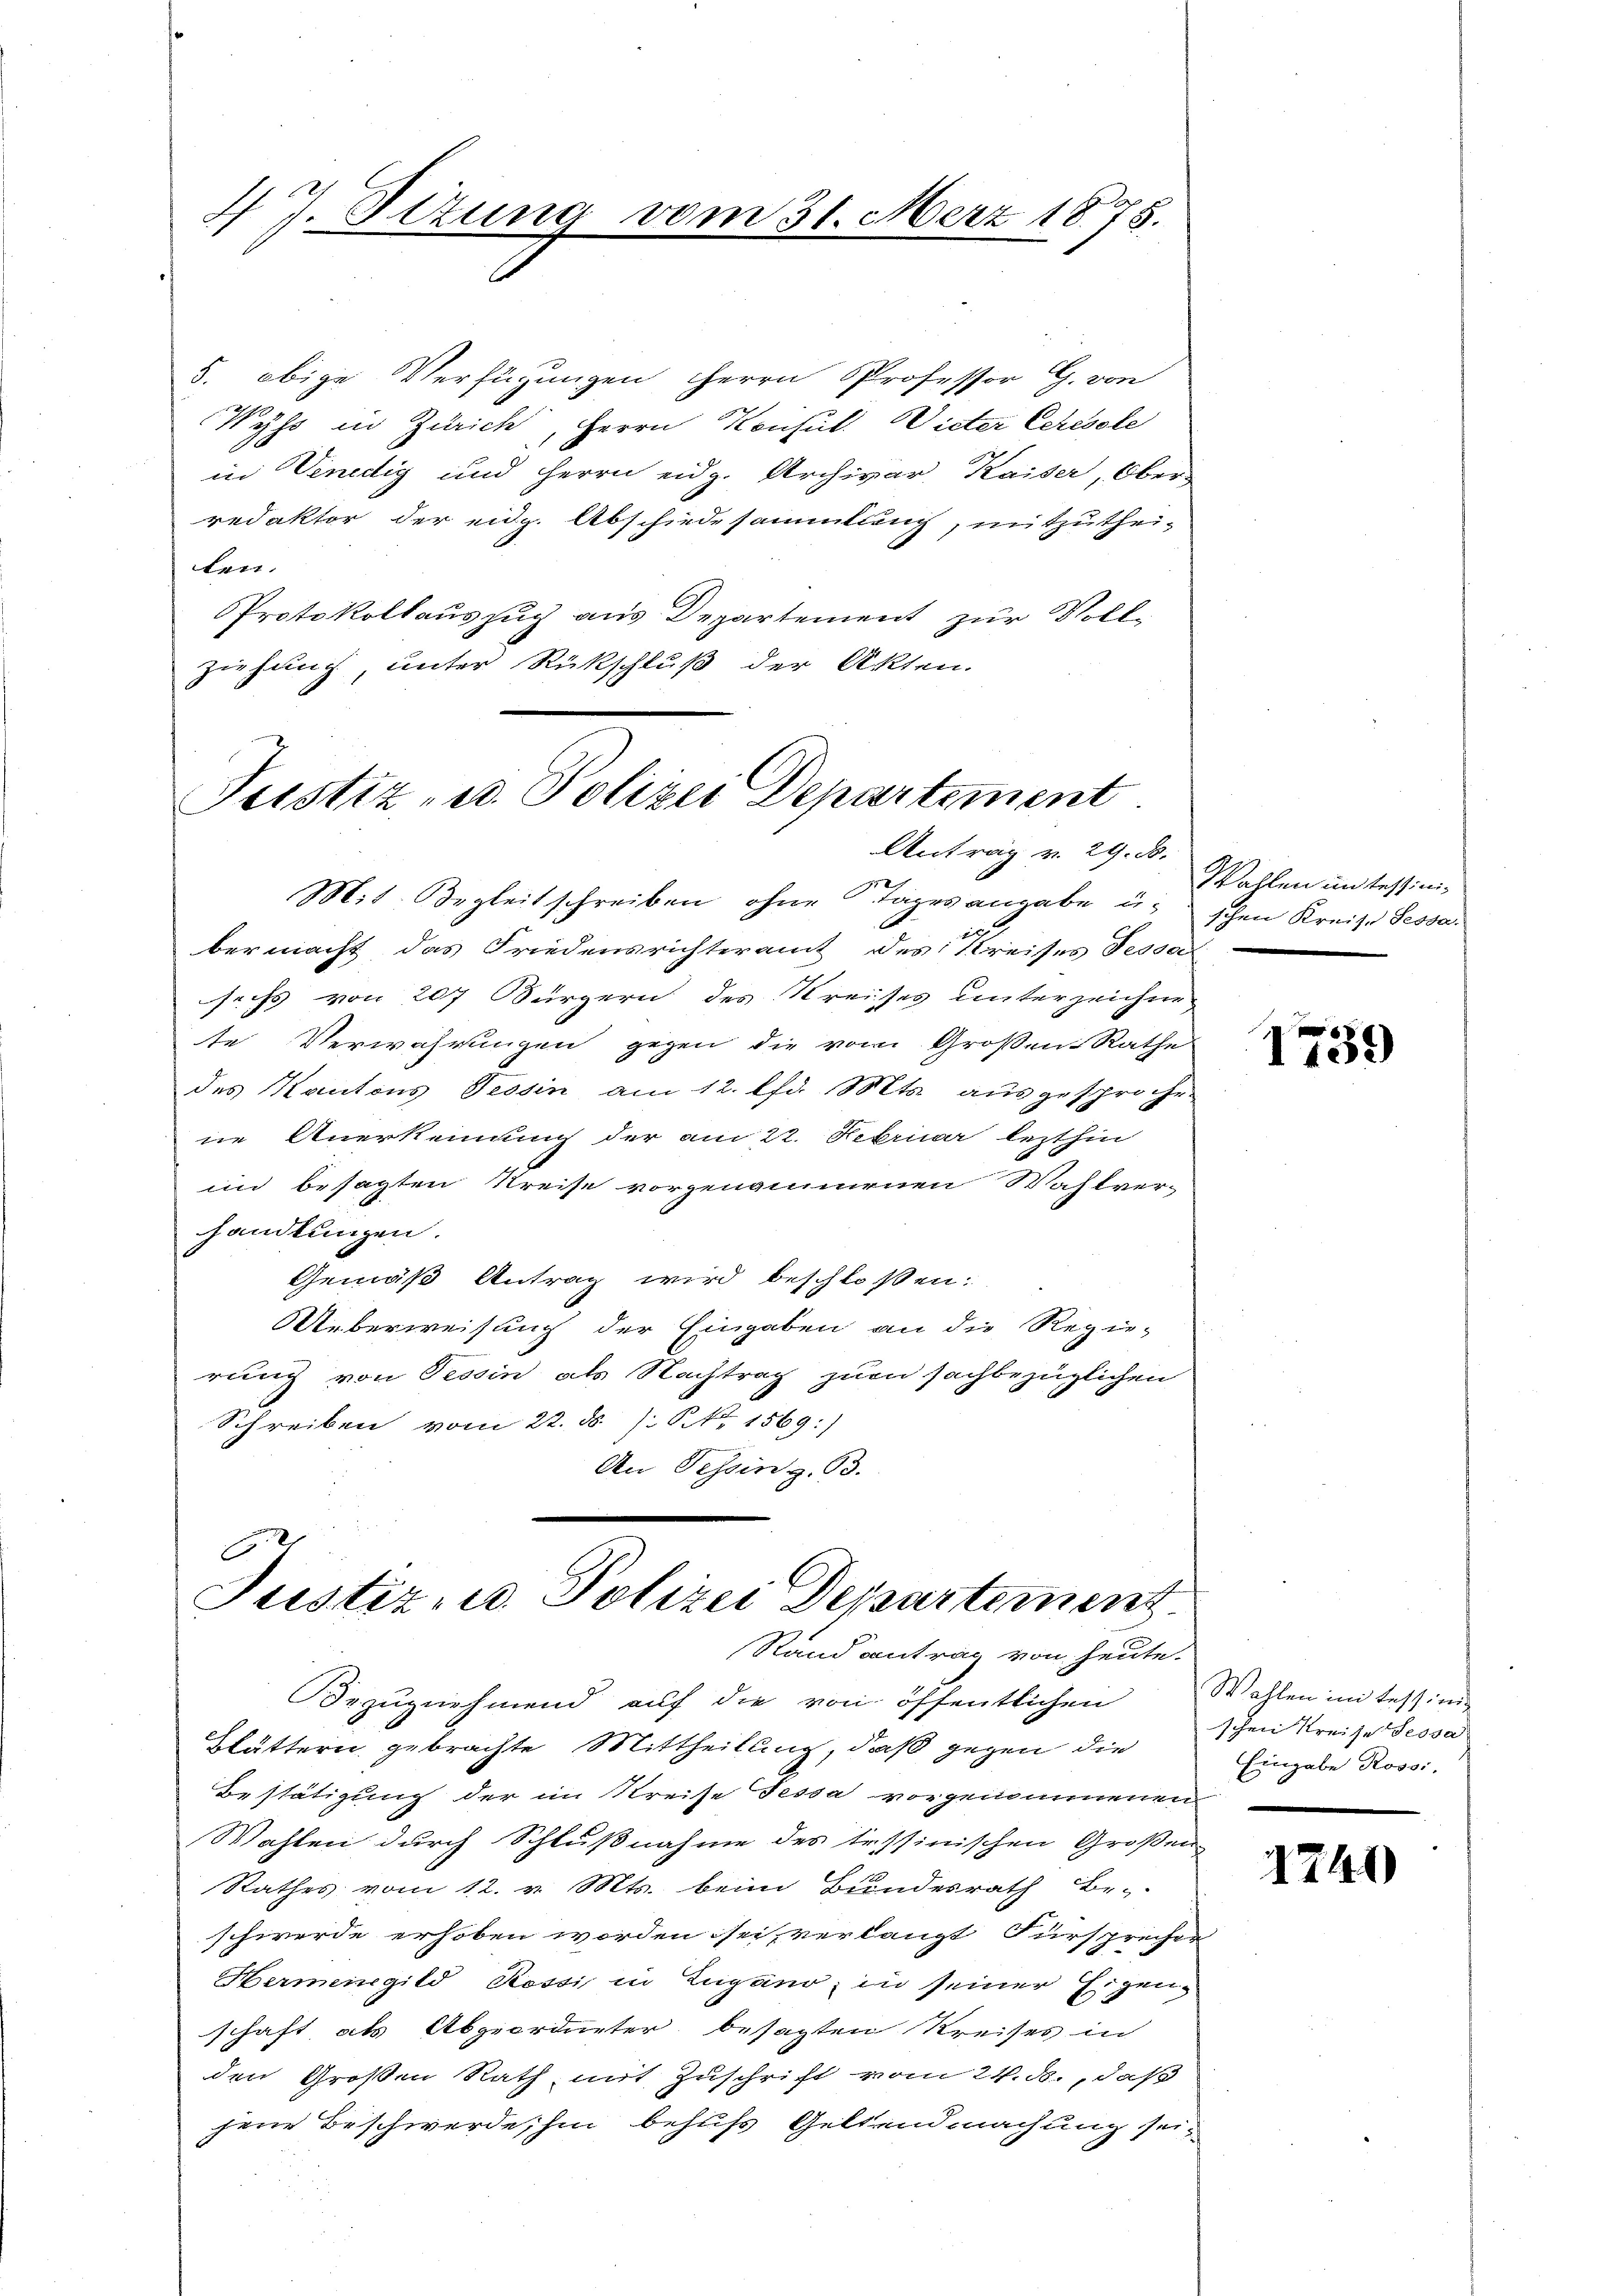
4 J. Situng

5. obige Verfügungen Herrn Professor G. von
Wyss in Zürich, Herrn Konsul Wieter Ceressle
in Venedig und Herrn eidg. Archivar, Kaiser, Ober-
redaktor der eidg. Abschiedesammlung, mitzutheilen.
PProtokollauszug aus Departement zur Voll-
ziehung, unter Rückschluß der Akten.

801

Antrag v. 29. d.
Mit Begleitschreiben ohne Tagesangabe u. schen Kreise Sessa
bermacht das Friedensrichteramt des Kreises Tessa
sechs von 207 Bürgern des Kreises unterzeichnete Verwahrungen gegen die vom Großen Rathe
des Kantons Tessin am 12. lfd. Mts. aŭsgesproche-
ne Anerkennung der am 22. Februar lezthin
im besagten Kreise vorgenommenen Wahlver-
handlungen.
Gemäß Antrag wird beschloßen:
Ueberweisung der Eingaben an die Regie-
rung von Tessin als Nachtrag zur sachbezüglichen
Schreiben vom 22. ds /: No 1569:)
An Tessin z. 93.

21. Merz 1875.

Justiz- u. Polizei Departement.

A
Justiz u. Polizei Departement
Rand antrag von heute.

Wahlen in Tessini¬

Bezugnehmend auf die von öffentlichen
Blättern gebrachte Mittheilung, daß gegen die
Bestätigung der im Kreise Tessa vorgenommenen
Wahlen durch Schlußnahme des tessinischen Großen
Rathes vom 12. v. Mts. beim Bundesrath Be-
schwerde erhoben worden sei, verlangt Fürsprecher
Hermenegild, Rossi in Lugano, in seiner Eigen-
schaft als Abgeordneter besagten Kreises in
den Großen Rath mit Zuschrift vom 24. ds., daß
jene Beschwerde, hin behufs Geltendmachung sei¬

8
1159

Wallen in Tessing
schen Kreise Sessa
Eingabe Rossi,

1741